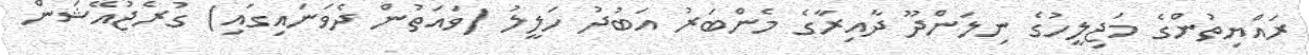
ރައްޔިތުންގެ މަޖިލީހުގެ ނިލަންދޫ ދާއިރާގެ މެންބަރު އަބުދު ހަލީލު (ވައަތުން ދެވަނައިގައި) ގުރެޖުއޭޝަން